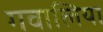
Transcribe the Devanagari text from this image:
गवालिया